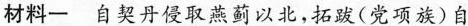
材料一自契丹侵取燕蓟以北，拓跋(党项族)自